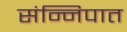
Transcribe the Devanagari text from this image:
संन्निपात